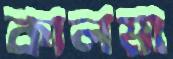
কালমা